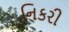
નિકરી